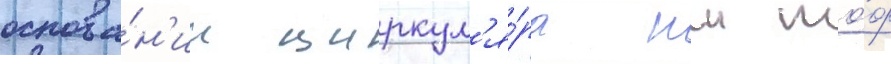
основа́н'ии циркул'я́ра нш то́ф